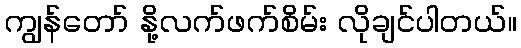
ကျွန်တော် နို့လက်ဖက်စိမ်း လိုချင်ပါတယ်။